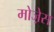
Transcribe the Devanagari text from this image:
मोजे़स